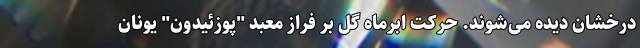
درخشان دیده می‌شوند. حرکت ابرماه گل بر فراز معبد "پوزئیدون" یونان